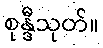
စုန္ဒီသုတ်။